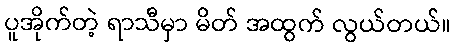
ပူအိုက်တဲ့ ရာသီမှာ မိတ် အထွက် လွယ်တယ်။